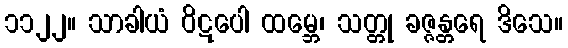
၁၁၂၂။ သာခါယံ ဝိဋပေါ ထမ္ဘေ၊ သတ္တု ခဇ္ဇန္တရေ ဒိသေ။